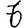
Digit: 6